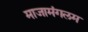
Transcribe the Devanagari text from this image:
माजामंगलम